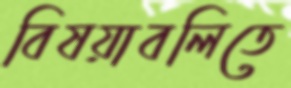
বিষয়াবলিতে